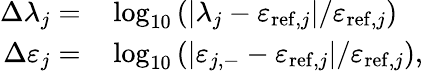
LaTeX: \begin{array}{rl}{\Delta\lambda_{j}=}&{{}\log_{10}\left(|\lambda_{j}-\varepsilon_{\mathrm{ref},j}|/\varepsilon_{\mathrm{ref},j}\right)}\\ {\Delta\varepsilon_{j}=}&{{}\log_{10}\left(|\varepsilon_{j,-}-\varepsilon_{\mathrm{ref},j}|/\varepsilon_{\mathrm{ref},j}\right),}\end{array}